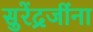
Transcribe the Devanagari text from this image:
सुरेंद्रजींना